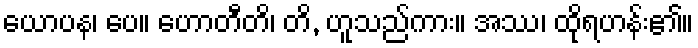
ယောပန၊ ပေ။ ဟောတီတိ၊ တိ, ဟူသည်ကား။ အဿ၊ ထိုရဟန်း၏။